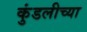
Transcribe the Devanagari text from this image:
कुंडलीच्या